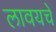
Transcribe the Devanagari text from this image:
लावयचे